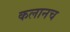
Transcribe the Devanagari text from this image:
कलानच